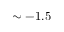
\sim - 1 . 5